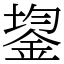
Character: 鋆